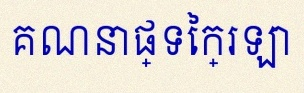
គណនាផ្ទៃក្រឡា